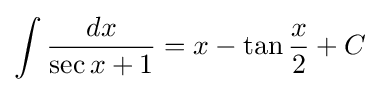
\int {\frac {dx}{\sec {x}+1}}=x-\tan {\frac {x}{2}}+C